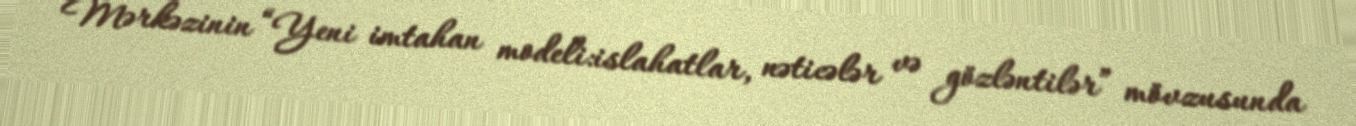
Mərkəzinin “Yeni imtahan modeli:islahatlar, nəticələr və gözləntilər” mövzusunda